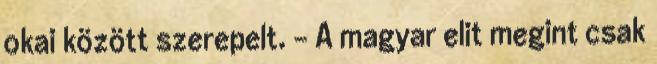
okai között szerepelt. - A magyar elit megint csak